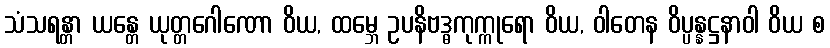
သံသရန္တာ ယန္တေ ယုတ္တဂေါဏော ဝိယ, ထမ္ဘေ ဥပနိဗဒ္ဓကုက္ကုရော ဝိယ, ဝါတေန ဝိပ္ပန္နဋ္ဌနာဝါ ဝိယ စ